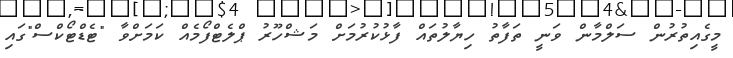
މީގެއިތުރުން ސަލްމާން ވަނީ ތަފާތު ހިޔާލުތައް ފާޅުކުރުމަށް މަޝްހޫރު ޕްލެޓްފޯމެއް ކަމަށްވާ "ޓެޑްޓޯކްސް"ގައި